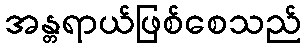
အန္တရာယ်ဖြစ်စေသည်